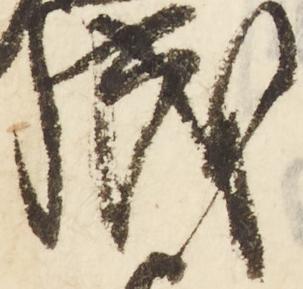
成